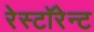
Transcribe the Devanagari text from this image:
रेस्टॉरेन्ट